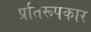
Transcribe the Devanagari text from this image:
प्रतिरूपकार